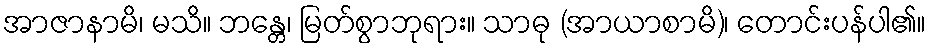
အာဇာနာမိ၊ မသိ။ ဘန္တေ၊ မြတ်စွာဘုရား။ သာဓု (အာယာစာမိ)၊ တောင်းပန်ပါ၏။